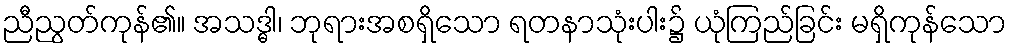
ညီညွတ်ကုန်၏။ အသဒ္ဓါ၊ ဘုရားအစရှိသော ရတနာသုံးပါး၌ ယုံကြည်ခြင်း မရှိကုန်သော